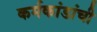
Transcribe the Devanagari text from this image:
कर्मकांडांची